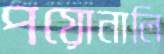
পয়োনালি